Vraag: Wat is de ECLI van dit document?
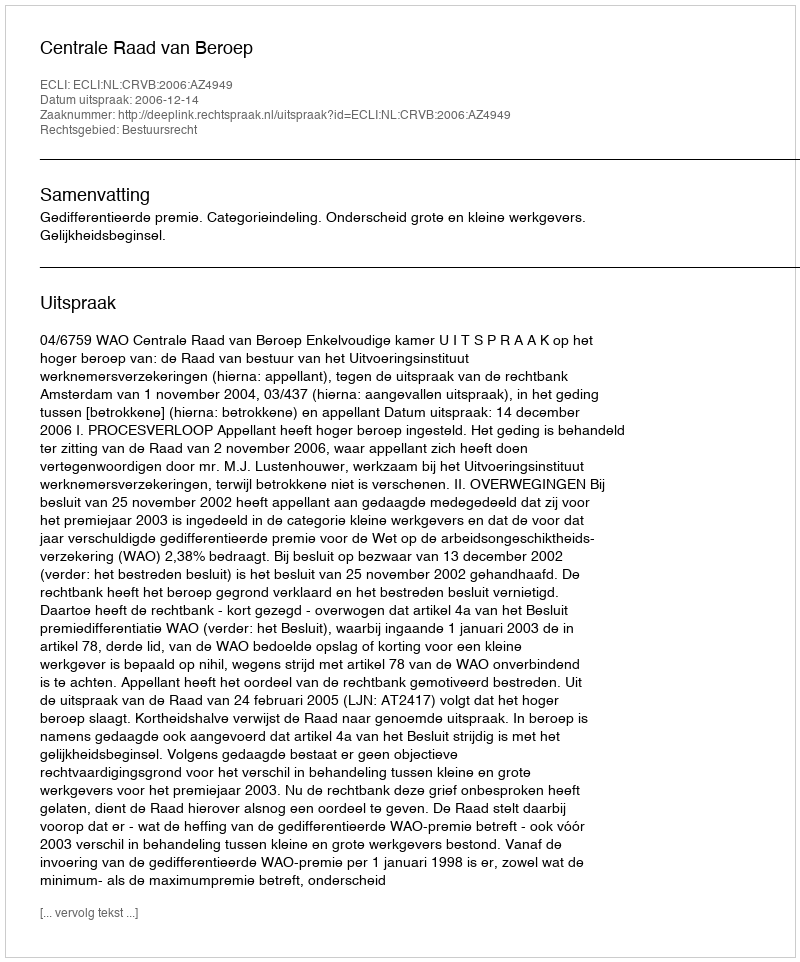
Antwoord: ECLI:NL:CRVB:2006:AZ4949